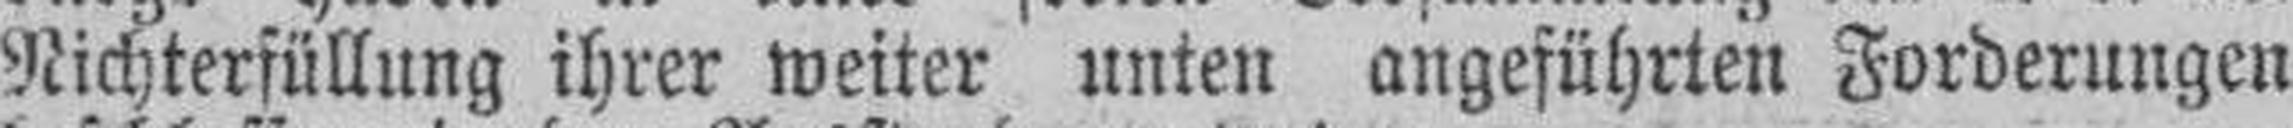
Nichterfüllung ihrer weiter unten angeführten Forderungen